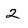
Character: 2